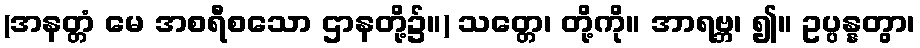
(အနတ္တံ မေ အစရီစသော ဌာနတို့၌။) သတ္တေ၊ တို့ကို။ အာရဗ္ဘ၊ ၍။ ဥပ္ပန္နတွာ၊